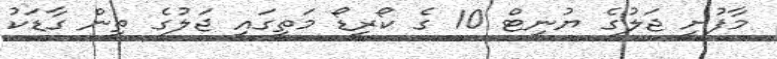
މާފުށީ ޖަލުގެ ޔުނިޓް 10 ގެ ކޯރިޑޯ މަތީގައި ޖަލުގެ ތިން ގާޑަކު